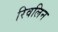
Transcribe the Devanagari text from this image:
रिवलिन